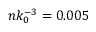
n k _ { 0 } ^ { - 3 } = 0 . 0 0 5